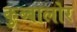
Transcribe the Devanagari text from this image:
कुब्बालोर